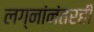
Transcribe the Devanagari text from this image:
लग्नांनंतरही